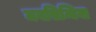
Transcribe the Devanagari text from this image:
जयसिन्धिया